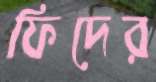
ফিদের